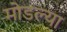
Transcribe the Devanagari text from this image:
मोडल्या